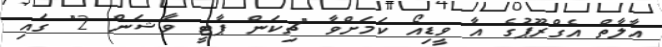
އާލާތް އެގްރޫޕުގެ އާ ވީޑިއޯ ކަމަށްވާ "ޗިކަން ޕާޓީ ވާޝަން 2" ގައި